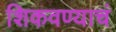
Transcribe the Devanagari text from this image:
शिकवण्याचं